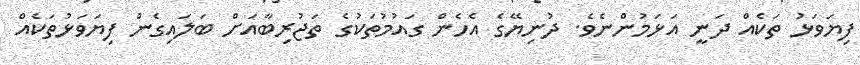
ފިޔަވަޅު ތަކެއް ދަނީ އަޅަމުންނެވެ. ދުނިޔޭގެ އެހެން ގައުމުތަކުގެ ތަޖުރިބާއަށް ބަލައިގެން ފިޔަވަޅުތަކެއް